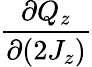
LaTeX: \frac{\partial Q_{z}}{\partial(2J_{z})}